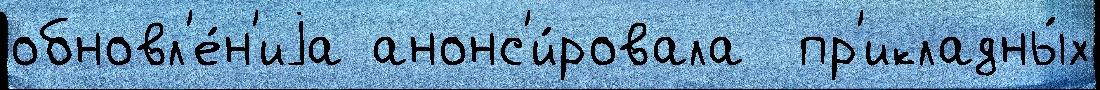
обновл'е́н'иjа анонс'и́ровала  пр'икладны́х